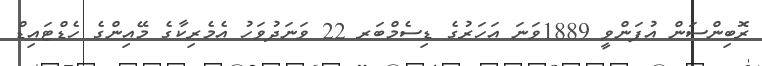
ރޮބިންސަން އުފަންވީ 1889ވަނަ އަހަރުގެ ޑިސެމްބަރ 22 ވަނަދުވަހު އެމެރިކާގެ މޭއިންގެ ހެޑްޓައިޑް